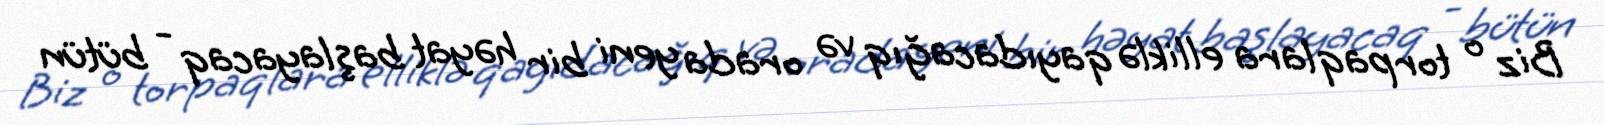
Biz o torpaqlara elliklə qayıdacağıq və orada yeni bir həyat başlayacaq - bütün